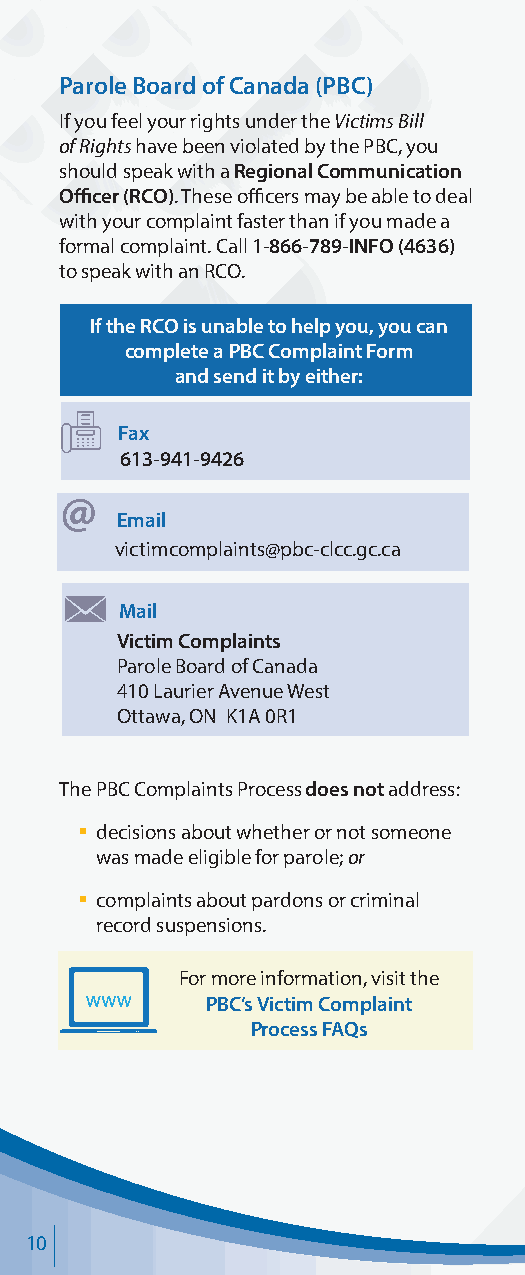
Parole Board of Canada (PBC)
 If you feel your rights under the Victims Bill
 of Rights have been violated by the PBC, you
 should speak with a Regional Communication
 Officer (RCO). These officers may be able to deal
 with your complaint faster than if you made a
 formal complaint. Call 1-866-789-INFO (4636)
 to speak with an RCO.
 If the RCO is unable to help you, you can
 complete a PBC Complaint Form
 and send it by either:
 Fax
 613-941-9426
 Email
 victimcomplaints@pbc-clcc.gc.ca
 Mail
 Victim Complaints
 Parole Board of Canada
 410 Laurier Avenue West
 Ottawa, ON K1A 0R1
 The PBC Complaints Process does not address:
 § d ecisions about whether or not someone
 was made eligible for parole; or
 § complaints about pardons or criminal
 record suspensions.
 For more information, visit the
 PBC’s Victim Complaint
 Process FAQs
 10